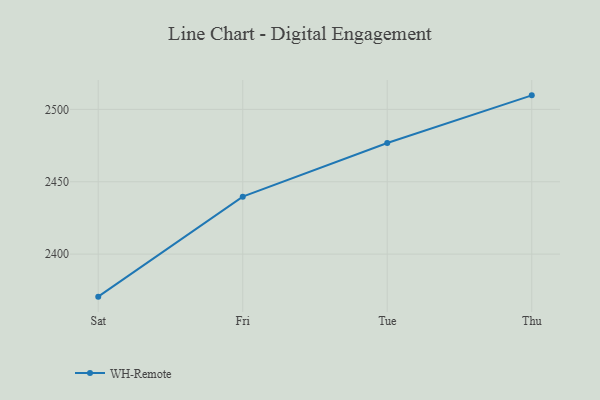
{"axis": {"x": "Day", "y": "Churn Rate (%)"}, "legend": ["WH-Remote"], "data": [{"x": "Sat", "y": 2370.6, "type": "WH-Remote"}, {"x": "Fri", "y": 2439.7, "type": "WH-Remote"}, {"x": "Tue", "y": 2476.8, "type": "WH-Remote"}, {"x": "Thu", "y": 2509.7, "type": "WH-Remote"}]}